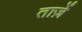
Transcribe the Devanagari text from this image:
ताज़ें